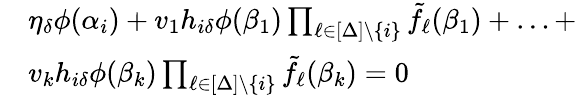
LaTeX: \begin{array}{rl}&{\eta_{\delta}\phi(\alpha_{i})+v_{1}h_{i\delta}\phi(\beta_{1})\prod_{\ell\in[\Delta]\setminus\{ i\} }\tilde{f}_{\ell}(\beta_{1})+\ldots+}\\ &{v_{k}h_{i\delta}\phi(\beta_{k})\prod_{\ell\in[\Delta]\setminus\{ i\} }\tilde{f}_{\ell}(\beta_{k})=0}\end{array}